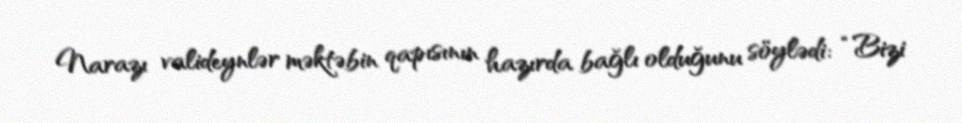
Narazı valideynlər məktəbin qapısının hazırda bağlı olduğunu söylədi: “Bizi